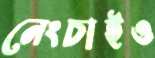
নেংচাইও